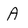
Character: A